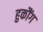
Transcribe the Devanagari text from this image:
हुकौंग